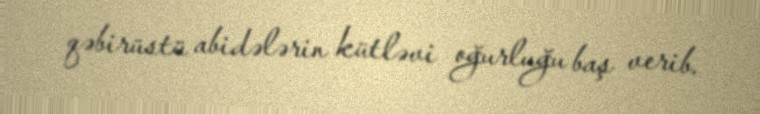
qəbirüstü abidələrin kütləvi oğurluğu baş verib.